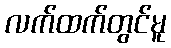
လက်ထက်တွင်မူ